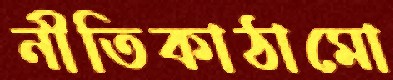
নীতিকাঠামো